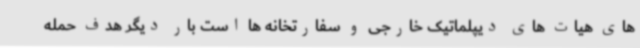
های هیات های دیپلماتیک خارجی و سفارتخانه ها است بار دیگر هدف حمله